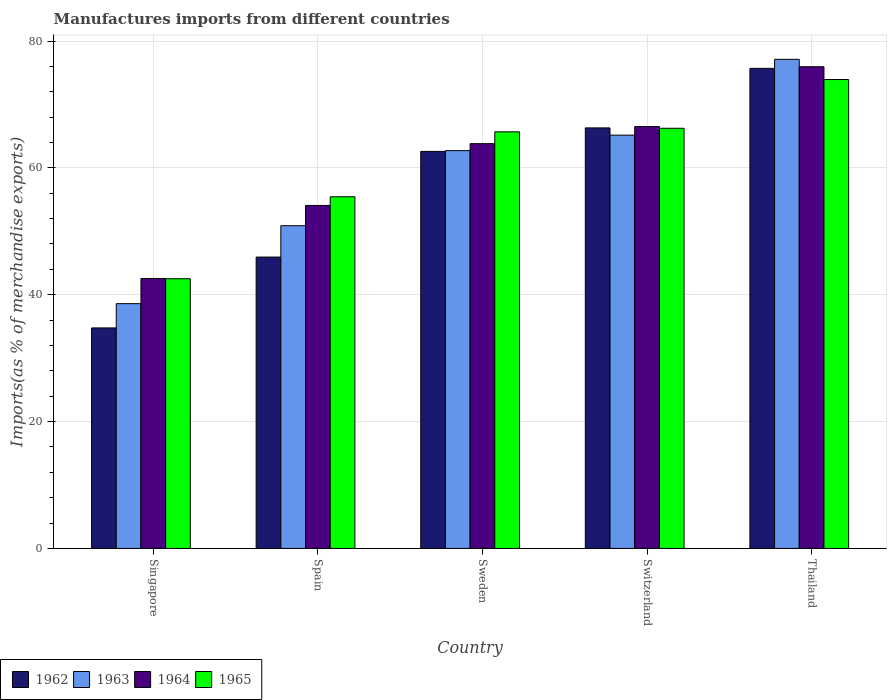
| Country | 1962 | 1963 | 1964 | 1965 |
 | --- | --- | --- | --- | --- |
 | Singapore | 34.8 | 38.6 | 42.6 | 42.5 |
 | Spain | 45.9 | 50.9 | 54.1 | 55.4 |
 | Sweden | 62.6 | 62.7 | 63.8 | 65.7 |
 | Switzerland | 66.3 | 65.2 | 66.5 | 66.2 |
 | Thailand | 75.7 | 77.1 | 75.9 | 73.9 |